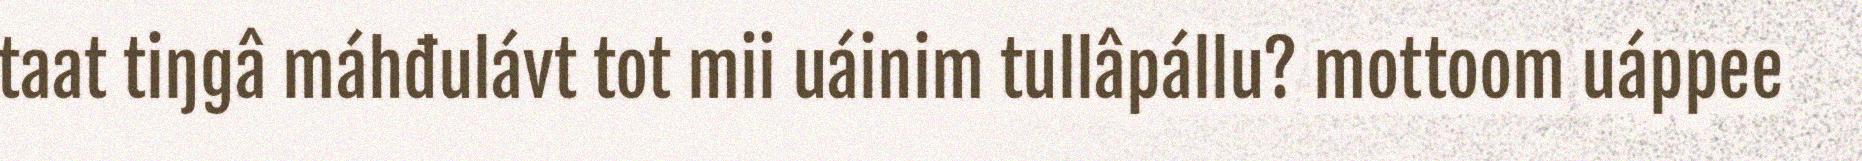
taat tiŋgâ máhđulávt tot mii uáinim tullâpállu? mottoom uáppee